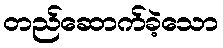
တည်ဆောက်ခဲ့သော